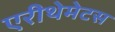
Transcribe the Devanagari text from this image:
एरीथेमेटस